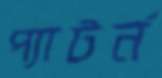
প্যাটর্ন